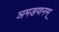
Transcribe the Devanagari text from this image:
ञमङणनम्